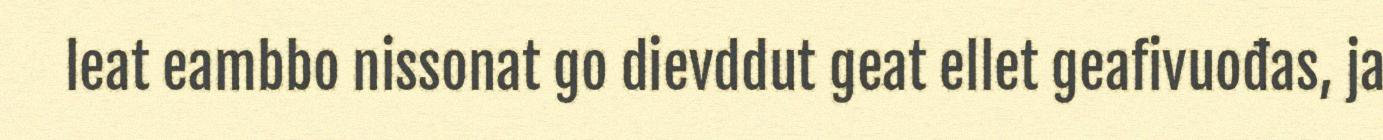
leat eambbo nissonat go dievddut geat ellet geafivuođas, ja